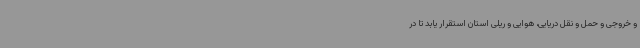
و خروجی و حمل و نقل دریایی، هوایی و ریلی استان استقرار یابد تا در